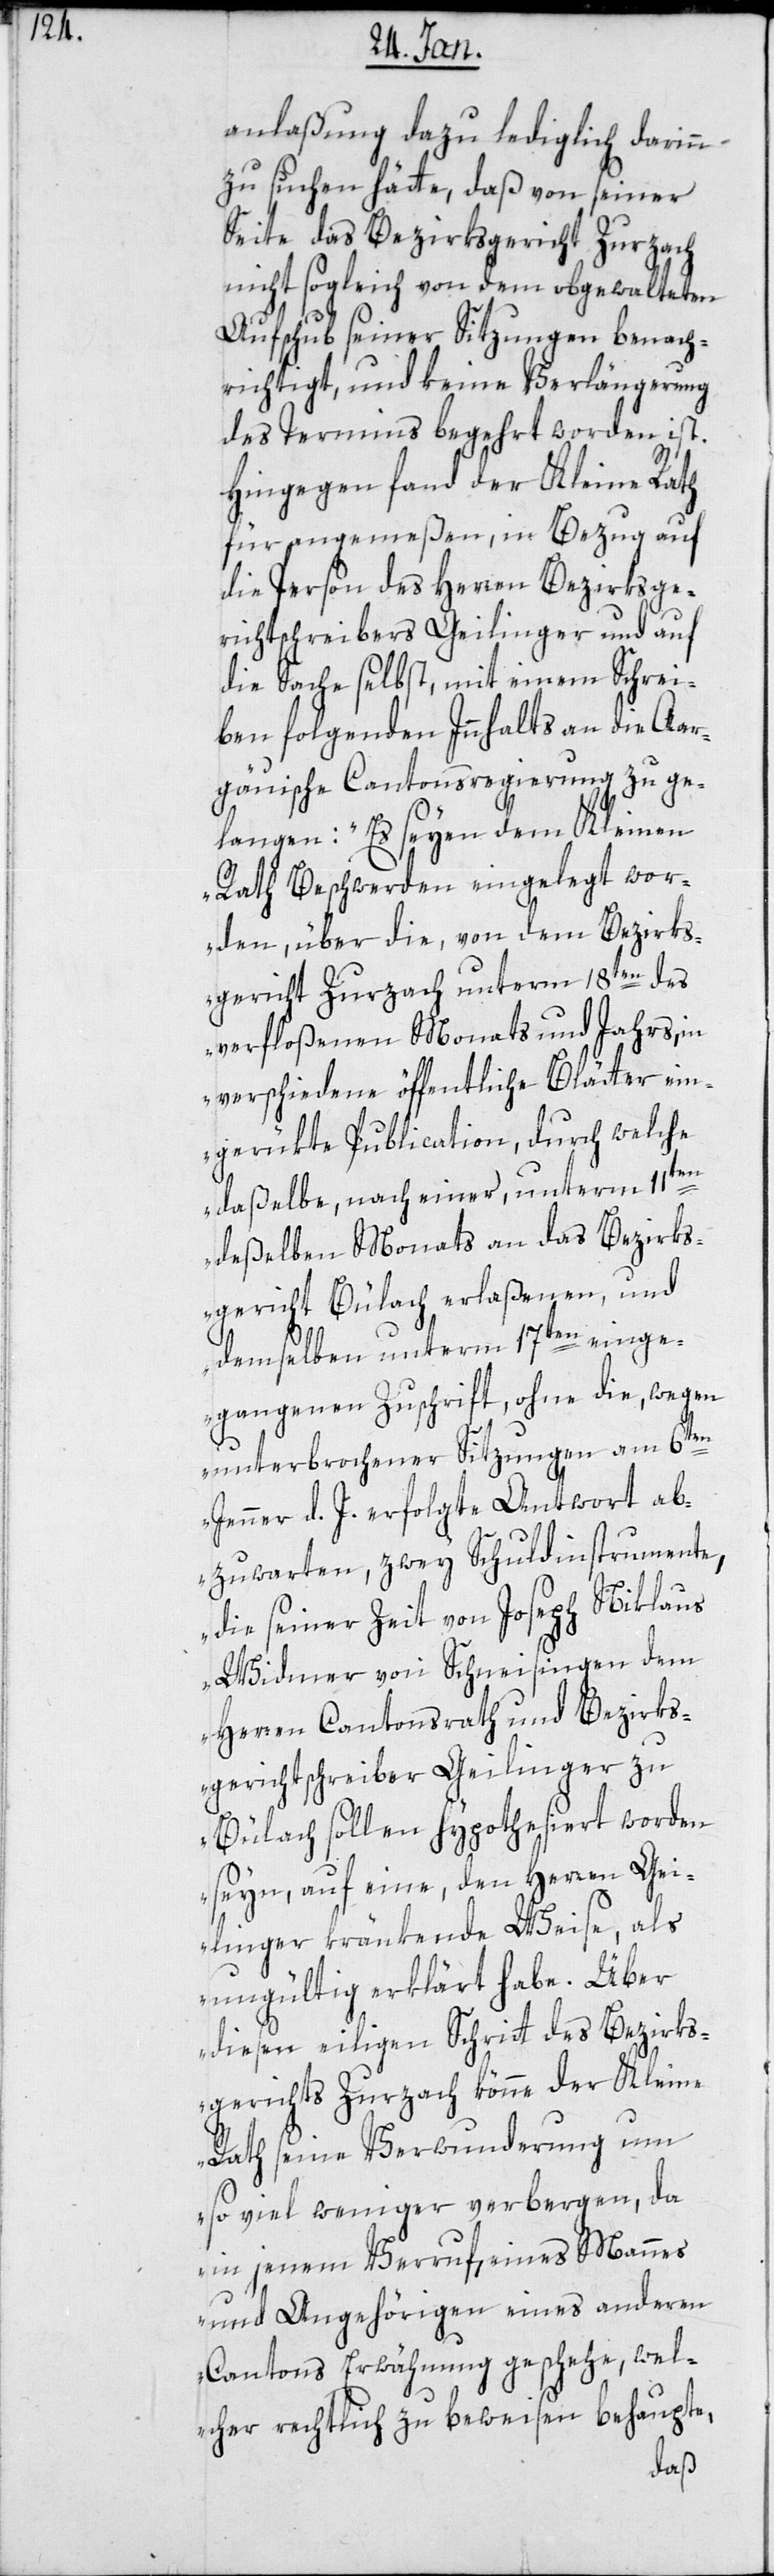
anlaßung dazu lediglich darinn
zu suchen hätte, daß von seiner
Seite das Bezirksgericht Zurzach
nicht sogleich von dem obgewalteten
Aufschub seiner Sitzungen benach¬
richtigt, und keine Verlängerung
des Termins begehrt worden ist.
Hingegen fand der Kleine Rath
für angemeßen, in Bezug auf
die Person des Herren Bezirksge¬
richtschreibers Geilinger und auf
die Sache selbst, mit einem Schrei¬
ben folgenden Inhaltns an die aar¬
gauische Cantonsregierung zu ge¬
langen: „Es seyen dem Kleinen
Rath Beschwerden eingelegt wor¬
den, über die, von dem Bezirks¬
gericht Zurzach unterm 18ten des
verfloßenen Monats und Jahrs, in
verschiedene öffentliche Blätter ein¬
gerükte Publication, durch welche
daßelbe, nach einer unterm 11ten
deßelben Monats an das Bezirks¬
gericht Bülach erlaßenen, und
demselben unterm 17ten einge¬
gangenen Zuschrift, ohne die, wegen
unterbrochener Sitzungen am 6ten
Jenner d. J. erfolgte Antwort ab¬
zuwarten, zwey Schuldinstrumente,
die seiner Zeit von Joseph Niklaus
Widmer von Schneisingen dem
Herren Cantonsrath und Bezirks¬
gerichtschreiber Geilinger zu
Bülach sollen hypothesiert worden
seyn, auf eine, den Herren Gei¬
linger kränkende Weise, als
ungültig erklärt habe. Über
diesen eiligen Schritt des Bezirks¬
gerichts Zurzach könne der Kleine
Rath seine Verwunderung um
so viel weniger verbergen, da
in jenem Verruf, eines Mannes
und Angehörigen eines andern
Cantons Erwähnung geschehe, wel¬
cher rechtlich zu beweisen behaupte,